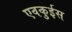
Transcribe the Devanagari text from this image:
एवकुईस